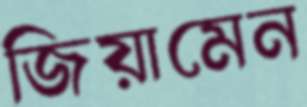
জিয়ামেন